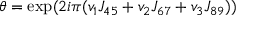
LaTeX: \theta = \exp ( 2 i \pi ( v _ { 1 } J _ { 4 5 } + v _ { 2 } J _ { 6 7 } + v _ { 3 } J _ { 8 9 } ) )